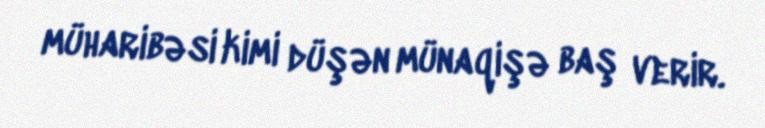
müharibəsi kimi düşən münaqişə baş verir.